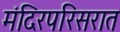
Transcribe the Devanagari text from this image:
मंदिरपरिसरात